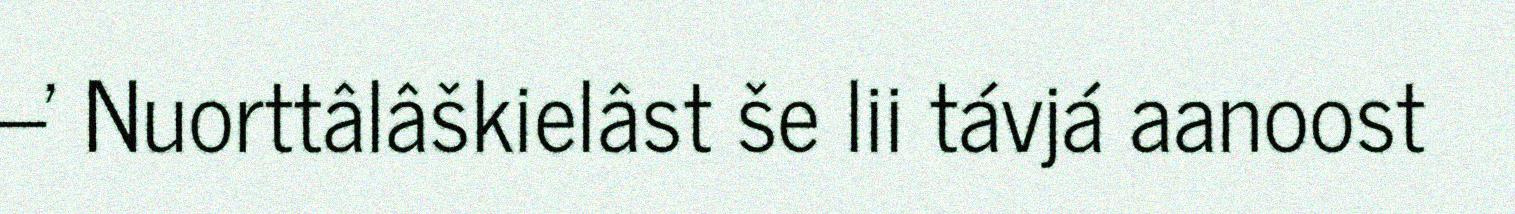
–' Nuorttâlâškielâst še lii távjá aanoost